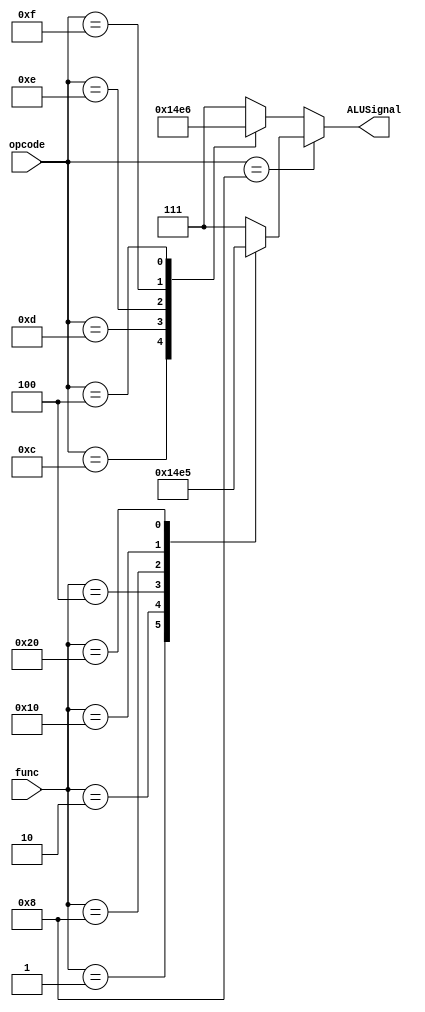
module ALUController(input [7:0] func, input [3:0] opcode, output reg[2:0] ALUSignal);
  always @(*) begin
    if (opcode == 4'b 1000) begin
        case (func)
            8'b 00000001: ALUSignal = 0;
            8'b 00000010: ALUSignal = 1;
            8'b 00000100: ALUSignal = 2;
            8'b 00001000: ALUSignal = 3;
            8'b 00010000: ALUSignal = 4;
            8'b 00100000: ALUSignal = 5;
            8'b 01000000: ALUSignal = 7;
            default: ALUSignal = 7;
        endcase
    end
    else begin
        case (opcode)
            4'b 1100: ALUSignal = 1;
            4'b 1101: ALUSignal = 2;
            4'b 1110: ALUSignal = 3;
            4'b 1111: ALUSignal = 4;
            4'b 0100: ALUSignal = 6;
            default: ALUSignal = 7;
        endcase
    end
  end
endmodule